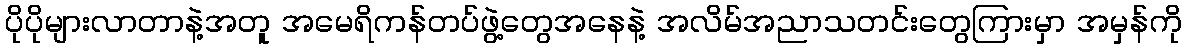
ပိုပိုများလာတာနဲ့အတူ အမေရိကန်တပ်ဖွဲ့တွေအနေနဲ့ အလိမ်အညာသတင်းတွေကြားမှာ အမှန်ကို